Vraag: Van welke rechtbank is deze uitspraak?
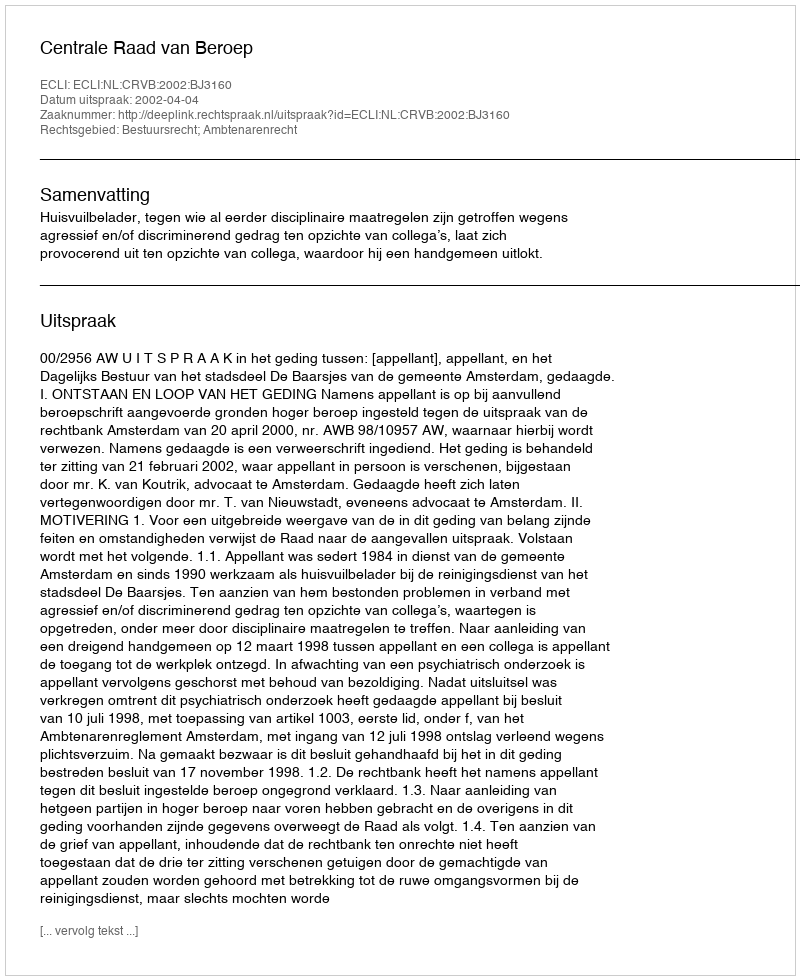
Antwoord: Centrale Raad van Beroep